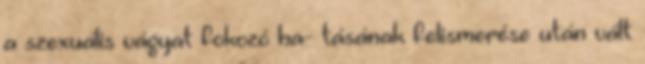
a szexuális vágyat fokozó ha- tásának felismerése után vált